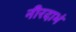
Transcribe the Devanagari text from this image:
नीरदाभं